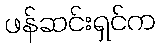
ဖန်ဆင်းရှင်က